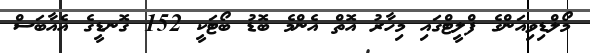
މޯލްޑިވިއަންގެ ފްލީޓްގައި މިހާރު އޮތް އެންމެ ބޮޑު ބޯޓަކީ 152 ގޮނޑީގެ އެއާބަސް